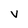
Character: v